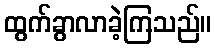
ထွက်ခွာလာခဲ့ကြသည်။